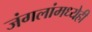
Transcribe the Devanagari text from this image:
जंगलांमध्येही